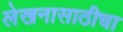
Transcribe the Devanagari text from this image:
लेखनासाठीचा